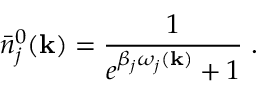
\bar { n } _ { j } ^ { 0 } ( { \bf k } ) = \frac { 1 } { { e } ^ { \beta _ { j } \omega _ { j } ( { \bf k } ) } + 1 } \; .